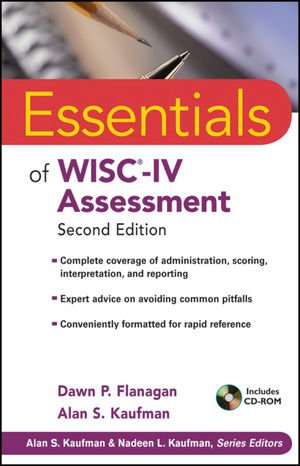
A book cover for Essentials of WISC-IV Assessment; Dawn P. Flanagan; Health, Fitness & Dieting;